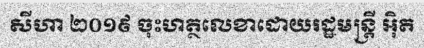
សីហា ២០១៩ ចុះហត្ថលេខាដោយរដ្ឋមន្ត្រី អ៊ិត